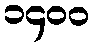
၁၄၀၀